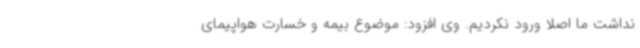
نداشت ما اصلا ورود نکردیم. وی افزود: موضوع بیمه و خسارت هواپیمای